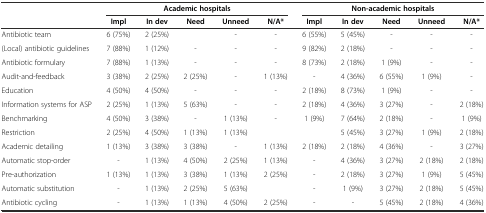
<table><thead><tr><td></td><td colspan="5"><b>Academic hospitals</b></td><td colspan="5"><b>Non-academic hospitals</b></td></tr><tr><td></td><td><b>Impl</b></td><td><b>In dev</b></td><td><b>Need</b></td><td><b>Unneed</b></td><td><b>N/A*</b></td><td><b>Impl</b></td><td><b>In dev</b></td><td><b>Need</b></td><td><b>Unneed</b></td><td><b>N/A*</b></td></tr></thead><tbody><tr><td>Antibiotic team</td><td>6 (75%)</td><td>2 (25%)</td><td></td><td>-</td><td>-</td><td>6 (55%)</td><td>5 (45%)</td><td>-</td><td>-</td><td>-</td></tr><tr><td>(Local) antibiotic guidelines</td><td>7 (88%)</td><td>1 (12%)</td><td>-</td><td>-</td><td>-</td><td>9 (82%)</td><td>2 (18%)</td><td>-</td><td>-</td><td>-</td></tr><tr><td>Antibiotic formulary</td><td>7 (88%)</td><td>1 (13%)</td><td>-</td><td>-</td><td>-</td><td>8 (73%)</td><td>2 (18%)</td><td>1 (9%)</td><td>-</td><td>-</td></tr><tr><td>Audit-and-feedback</td><td>3 (38%)</td><td>2 (25%)</td><td>2 (25%)</td><td>-</td><td>1 (13%)</td><td>-</td><td>4 (36%)</td><td>6 (55%)</td><td>1 (9%)</td><td>-</td></tr><tr><td>Education</td><td>4 (50%)</td><td>4 (50%)</td><td>-</td><td>-</td><td>-</td><td>2 (18%)</td><td>8 (73%)</td><td>1 (9%)</td><td>-</td><td>-</td></tr><tr><td>Information systems for ASP</td><td>2 (25%)</td><td>1 (13%)</td><td>5 (63%)</td><td>-</td><td>-</td><td>2 (18%)</td><td>4 (36%)</td><td>3 (27%)</td><td>-</td><td>2 (18%)</td></tr><tr><td>Benchmarking</td><td>4 (50%)</td><td>3 (38%)</td><td>-</td><td>1 (13%)</td><td>-</td><td>1 (9%)</td><td>7 (64%)</td><td>2 (18%)</td><td>-</td><td>1 (9%)</td></tr><tr><td>Restriction</td><td>2 (25%)</td><td>4 (50%)</td><td>1 (13%)</td><td>1 (13%)</td><td></td><td></td><td>5 (45%)</td><td>3 (27%)</td><td>1 (9%)</td><td>2 (18%)</td></tr><tr><td>Academic detailing</td><td>1 (13%)</td><td>3 (38%)</td><td>3 (38%)</td><td>-</td><td>1 (13%)</td><td>2 (18%)</td><td>2 (18%)</td><td>4 (36%)</td><td>-</td><td>3 (27%)</td></tr><tr><td>Automatic stop-order</td><td>-</td><td>1 (13%)</td><td>4 (50%)</td><td>2 (25%)</td><td>1 (13%)</td><td>-</td><td>4 (36%)</td><td>3 (27%)</td><td>2 (18%)</td><td>2 (18%)</td></tr><tr><td>Pre-authorization</td><td>1 (13%)</td><td>1 (13%)</td><td>3 (38%)</td><td>1 (13%)</td><td>2 (25%)</td><td>-</td><td>2 (18%)</td><td>3 (27%)</td><td>1 (9%)</td><td>5 (45%)</td></tr><tr><td>Automatic substitution</td><td>-</td><td>1 (13%)</td><td>2 (25%)</td><td>5 (63%)</td><td></td><td>-</td><td>1 (9%)</td><td>3 (27%)</td><td>2 (18%)</td><td>5 (45%)</td></tr><tr><td>Antibiotic cycling</td><td>-</td><td>1 (13%)</td><td>1 (13%)</td><td>4 (50%)</td><td>2 (25%)</td><td>-</td><td>-</td><td>5 (45%)</td><td>2 (18%)</td><td>4 (36%)</td></tr></tbody></table>